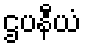
ဌပနီယံ